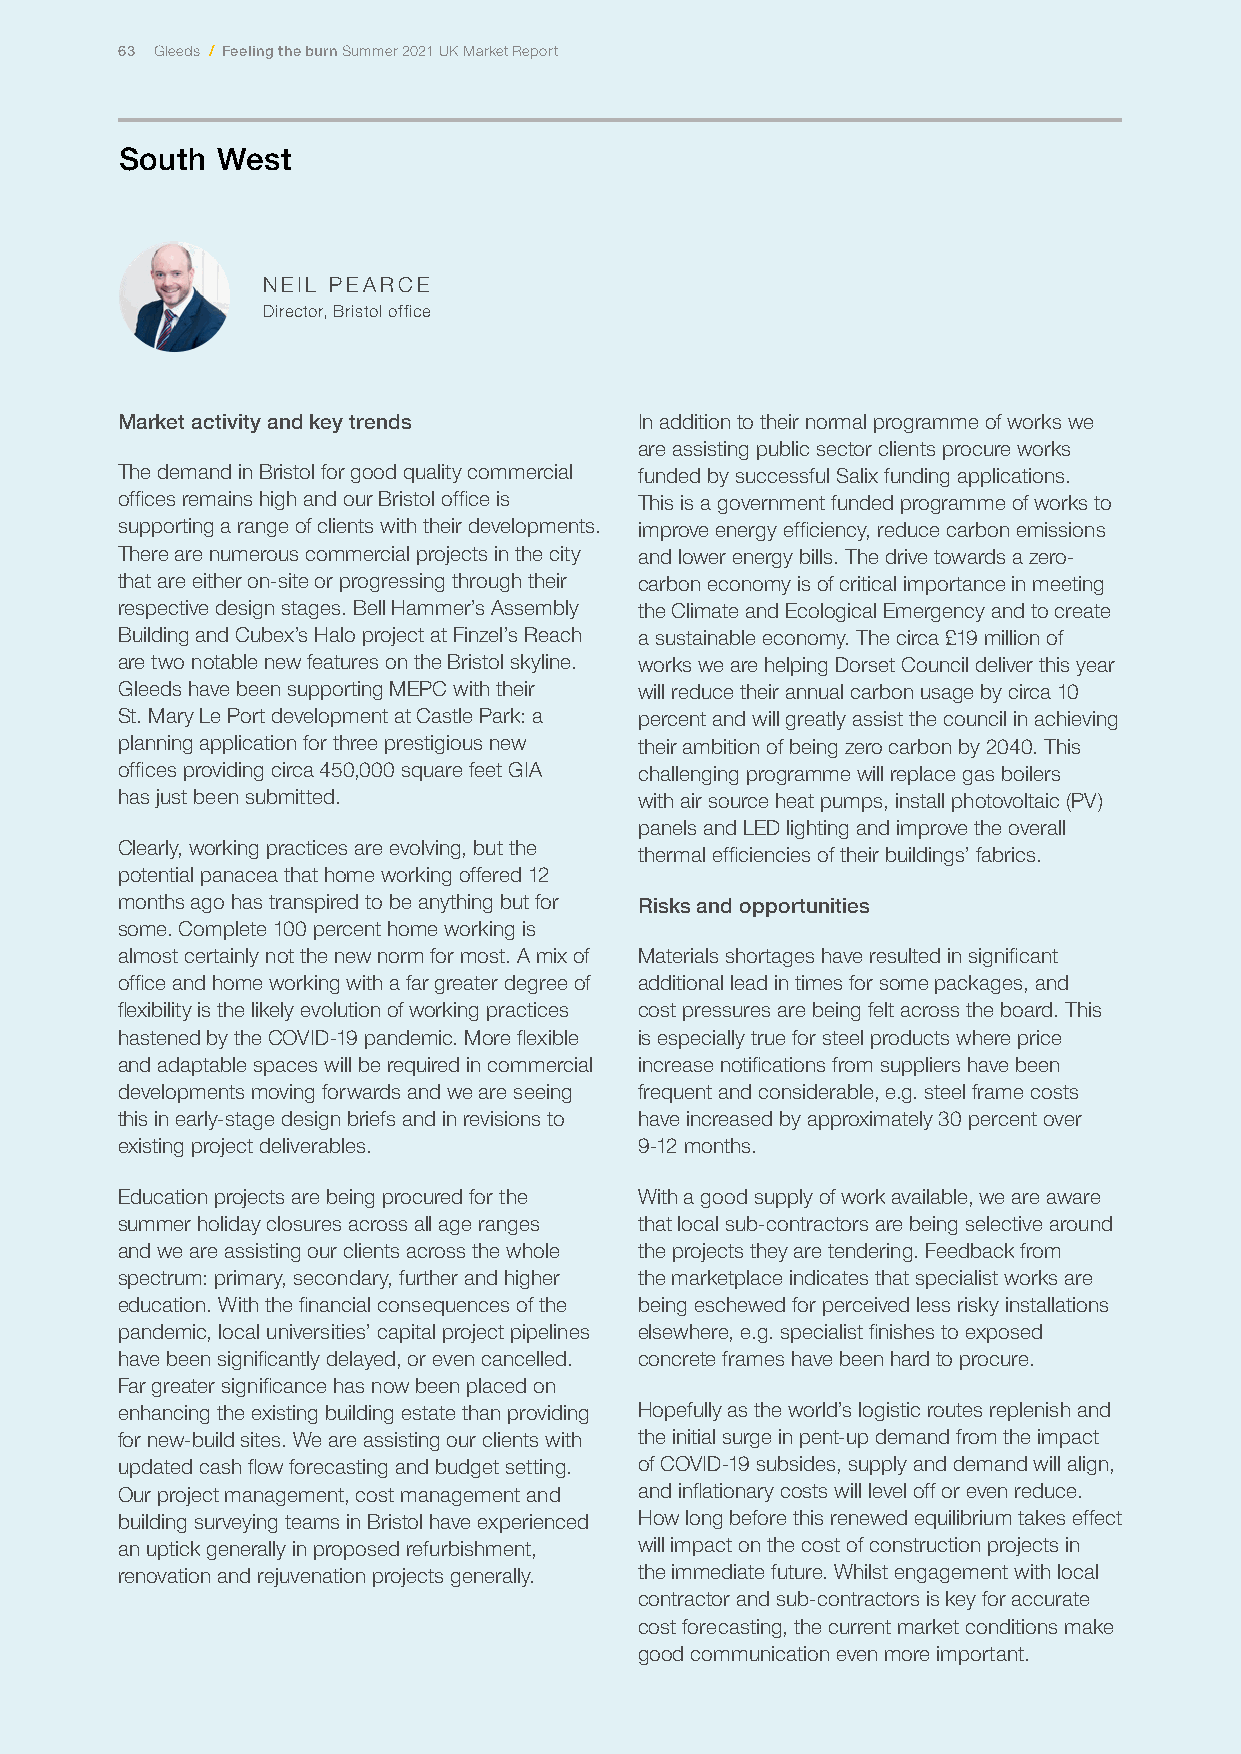
63 Gleeds / Feeling the burn Summer 2021 UK Market Report
 South West
 NEIL PEARCE
 Director, Bristol office
 Market activity and key trends    In addition to their normal programme of works we
 are assisting public sector clients procure works
 The demand in Bristol for good quality commercial funded by successful Salix funding applications.
 offices remains high and our Bristol office is This is a government funded programme of works to
 supporting a range of clients with their developments. improve energy efficiency, reduce carbon emissions
 There are numerous commercial projects in the city and lower energy bills. The drive towards a zero-
 that are either on-site or progressing through their carbon economy is of critical importance in meeting
 respective design stages. Bell Hammer’s Assembly the Climate and Ecological Emergency and to create
 Building and Cubex’s Halo project at Finzel’s Reach a sustainable economy. The circa £19 million of
 are two notable new features on the Bristol skyline. works we are helping Dorset Council deliver this year
 Gleeds have been supporting MEPC with their will reduce their annual carbon usage by circa 10
 St. Mary Le Port development at Castle Park: a percent and will greatly assist the council in achieving
 planning application for three prestigious new their ambition of being zero carbon by 2040. This
 offices providing circa 450,000 square feet GIA challenging programme will replace gas boilers
 has just been submitted.          with air source heat pumps, install photovoltaic (PV)
 panels and LED lighting and improve the overall
 Clearly, working practices are evolving, but the
 thermal efficiencies of their buildings’ fabrics.
 potential panacea that home working offered 12
 months ago has transpired to be anything but for Risks and opportunities
 some. Complete 100 percent home working is
 almost certainly not the new norm for most. A mix of Materials shortages have resulted in significant
 office and home working with a far greater degree of additional lead in times for some packages, and
 flexibility is the likely evolution of working practices cost pressures are being felt across the board. This
 hastened by the COVID-19 pandemic. More flexible is especially true for steel products where price
 and adaptable spaces will be required in commercial increase notifications from suppliers have been
 developments moving forwards and we are seeing frequent and considerable, e.g. steel frame costs
 this in early-stage design briefs and in revisions to have increased by approximately 30 percent over
 existing project deliverables.    9-12 months.
 Education projects are being procured for the With a good supply of work available, we are aware
 summer holiday closures across all age ranges that local sub-contractors are being selective around
 and we are assisting our clients across the whole the projects they are tendering. Feedback from
 spectrum: primary, secondary, further and higher the marketplace indicates that specialist works are
 education. With the financial consequences of the being eschewed for perceived less risky installations
 pandemic, local universities’ capital project pipelines elsewhere, e.g. specialist finishes to exposed
 have been significantly delayed, or even cancelled. concrete frames have been hard to procure.
 Far greater significance has now been placed on
 enhancing the existing building estate than providing Hopefully as the world’s logistic routes replenish and
 for new-build sites. We are assisting our clients with the initial surge in pent-up demand from the impact
 updated cash flow forecasting and budget setting. of COVID-19 subsides, supply and demand will align,
 Our project management, cost management and and inflationary costs will level off or even reduce.
 building surveying teams in Bristol have experienced How long before this renewed equilibrium takes effect
 an uptick generally in proposed refurbishment, will impact on the cost of construction projects in
 renovation and rejuvenation projects generally. the immediate future. Whilst engagement with local
 contractor and sub-contractors is key for accurate
 cost forecasting, the current market conditions make
 good communication even more important.